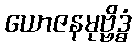
ယောဇနမုဗ္ဗိဒ္ဓံ